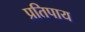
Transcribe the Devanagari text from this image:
प्रतिपाय